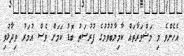
އެހެންވެ މި މަޝްވަރާތައް ކާމިޔާބުވުމުގެ ފުރުސަތު ބޮޑު ކަމަށް ވެސް އުމަރު ވިދާޅުވި